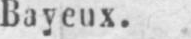
Bayeux.